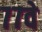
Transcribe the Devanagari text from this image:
७७वे